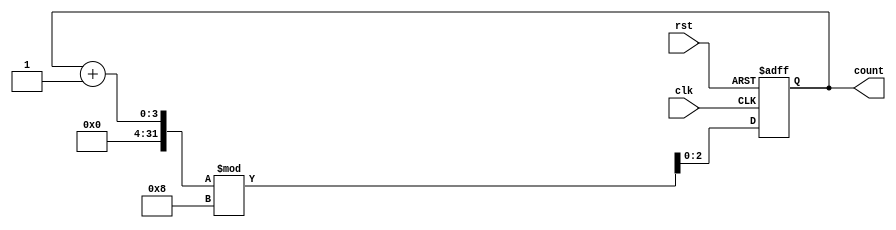
module up_counter_moore (
    input wire clk,      // Clock signal
    input wire rst,      // Asynchronous reset signal
    output reg [N-1:0] count // Output count value
);
    parameter N = 3; // Number of bits for the counter (N = 3 for 0 to 7)

    // State transition on the rising edge of the clock
    always @(posedge clk or posedge rst) begin
        if (rst) begin
            count <= 0; // Reset the counter to 0
        end else begin
            count <= (count + 1) % (1 << N); // Increment and wrap around
        end
    end
endmodule